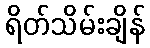
ရိတ်သိမ်းချိန်